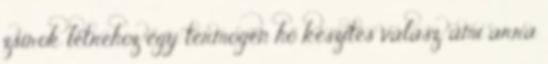
zsírok létrehoz egy termogén hő készítés válasz, ami arra